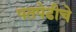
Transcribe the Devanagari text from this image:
पतपेढीचे